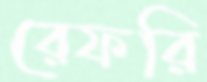
রেফরি